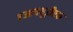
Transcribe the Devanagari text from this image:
एआययूडीएफ